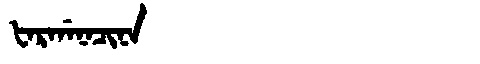
Manchu: ᡶᠠᡵᡤᠠᠨᠠᠴᡳᠨᠠ
Romanization: FARGANACINA